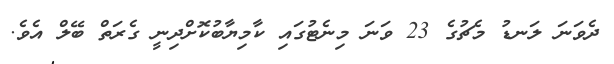
ދެވަނަ ލަނޑު މެޗުގެ 23 ވަނަ މިނެޓުގައި ކާމިޔާބުކޮށްދިނީ ގެރަތް ބޭލް އެވެ.